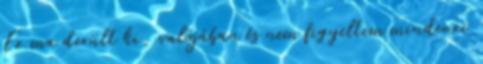
Ez ma derült ki, valójában és nem figyeltem mindenre